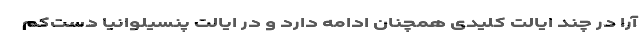
آرا در چند ایالت کلیدی همچنان ادامه دارد و در ایالت پنسیلوانیا دست‌کم